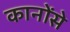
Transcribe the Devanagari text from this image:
कानोंसे